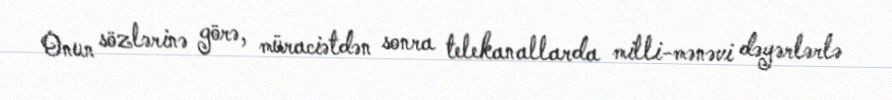
Onun sözlərinə görə, müraciətdən sonra telekanallarda milli-mənəvi dəyərlərlə